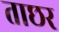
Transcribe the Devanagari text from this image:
ताछर